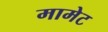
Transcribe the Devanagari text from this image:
मामेट